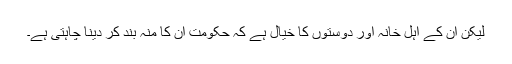
ليکن ان کے اہل خانہ اور دوستوں کا خيال ہے کہ حکومت ان کا منہ بند کر دينا چاہتی ہے۔